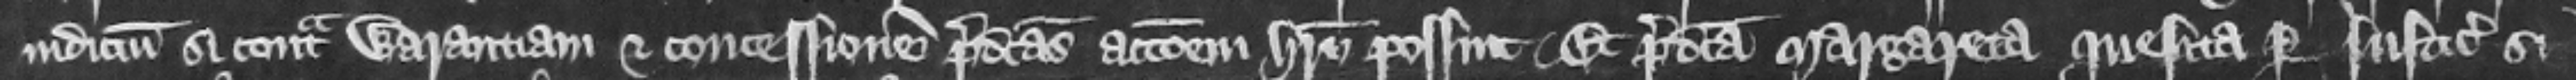
iudicium si contra warantiam et concessionem predictas accionem habere possint. Et predicta Margareta quesita per iusticiarios si